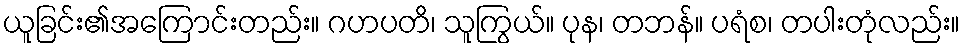
ယူခြင်း၏အကြောင်းတည်း။ ဂဟပတိ၊ သူကြွယ်။ ပုန၊ တဘန်။ ပရံစ၊ တပါးတုံလည်း။